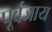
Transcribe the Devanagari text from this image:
पूर्वजाय